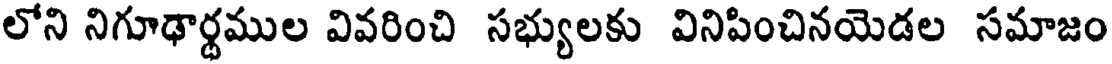
లోని నిగూఢార్థముల వివరించి సభ్యులకు వినిపించినయెడల సమాజం